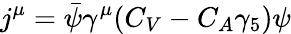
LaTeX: j^{\mu}=\bar{\psi}\gamma^{\mu}(C_{V}-C_{A}\gamma_{5})\psi